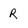
Character: R